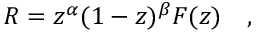
R = z ^ { \alpha } ( 1 - z ) ^ { \beta } F ( z ) \quad ,